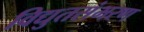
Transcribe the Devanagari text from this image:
विद्युतसंभरण